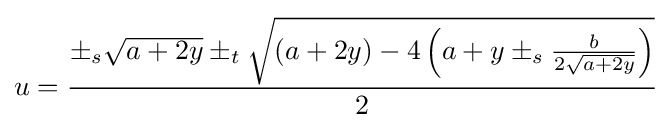
u={\frac {\pm _{s}{\sqrt {a+2y}}\pm _{t}{\sqrt {(a+2y)-4\left(a+y\pm _{s}{b \over 2{\sqrt {a+2y}}}\right)}}}{2}}